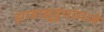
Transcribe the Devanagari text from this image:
झाडाझुडुपांमध्ये